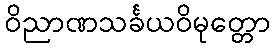
ဝိညာဏသင်္ခယဝိမုတ္တော